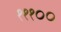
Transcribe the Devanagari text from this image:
१११००